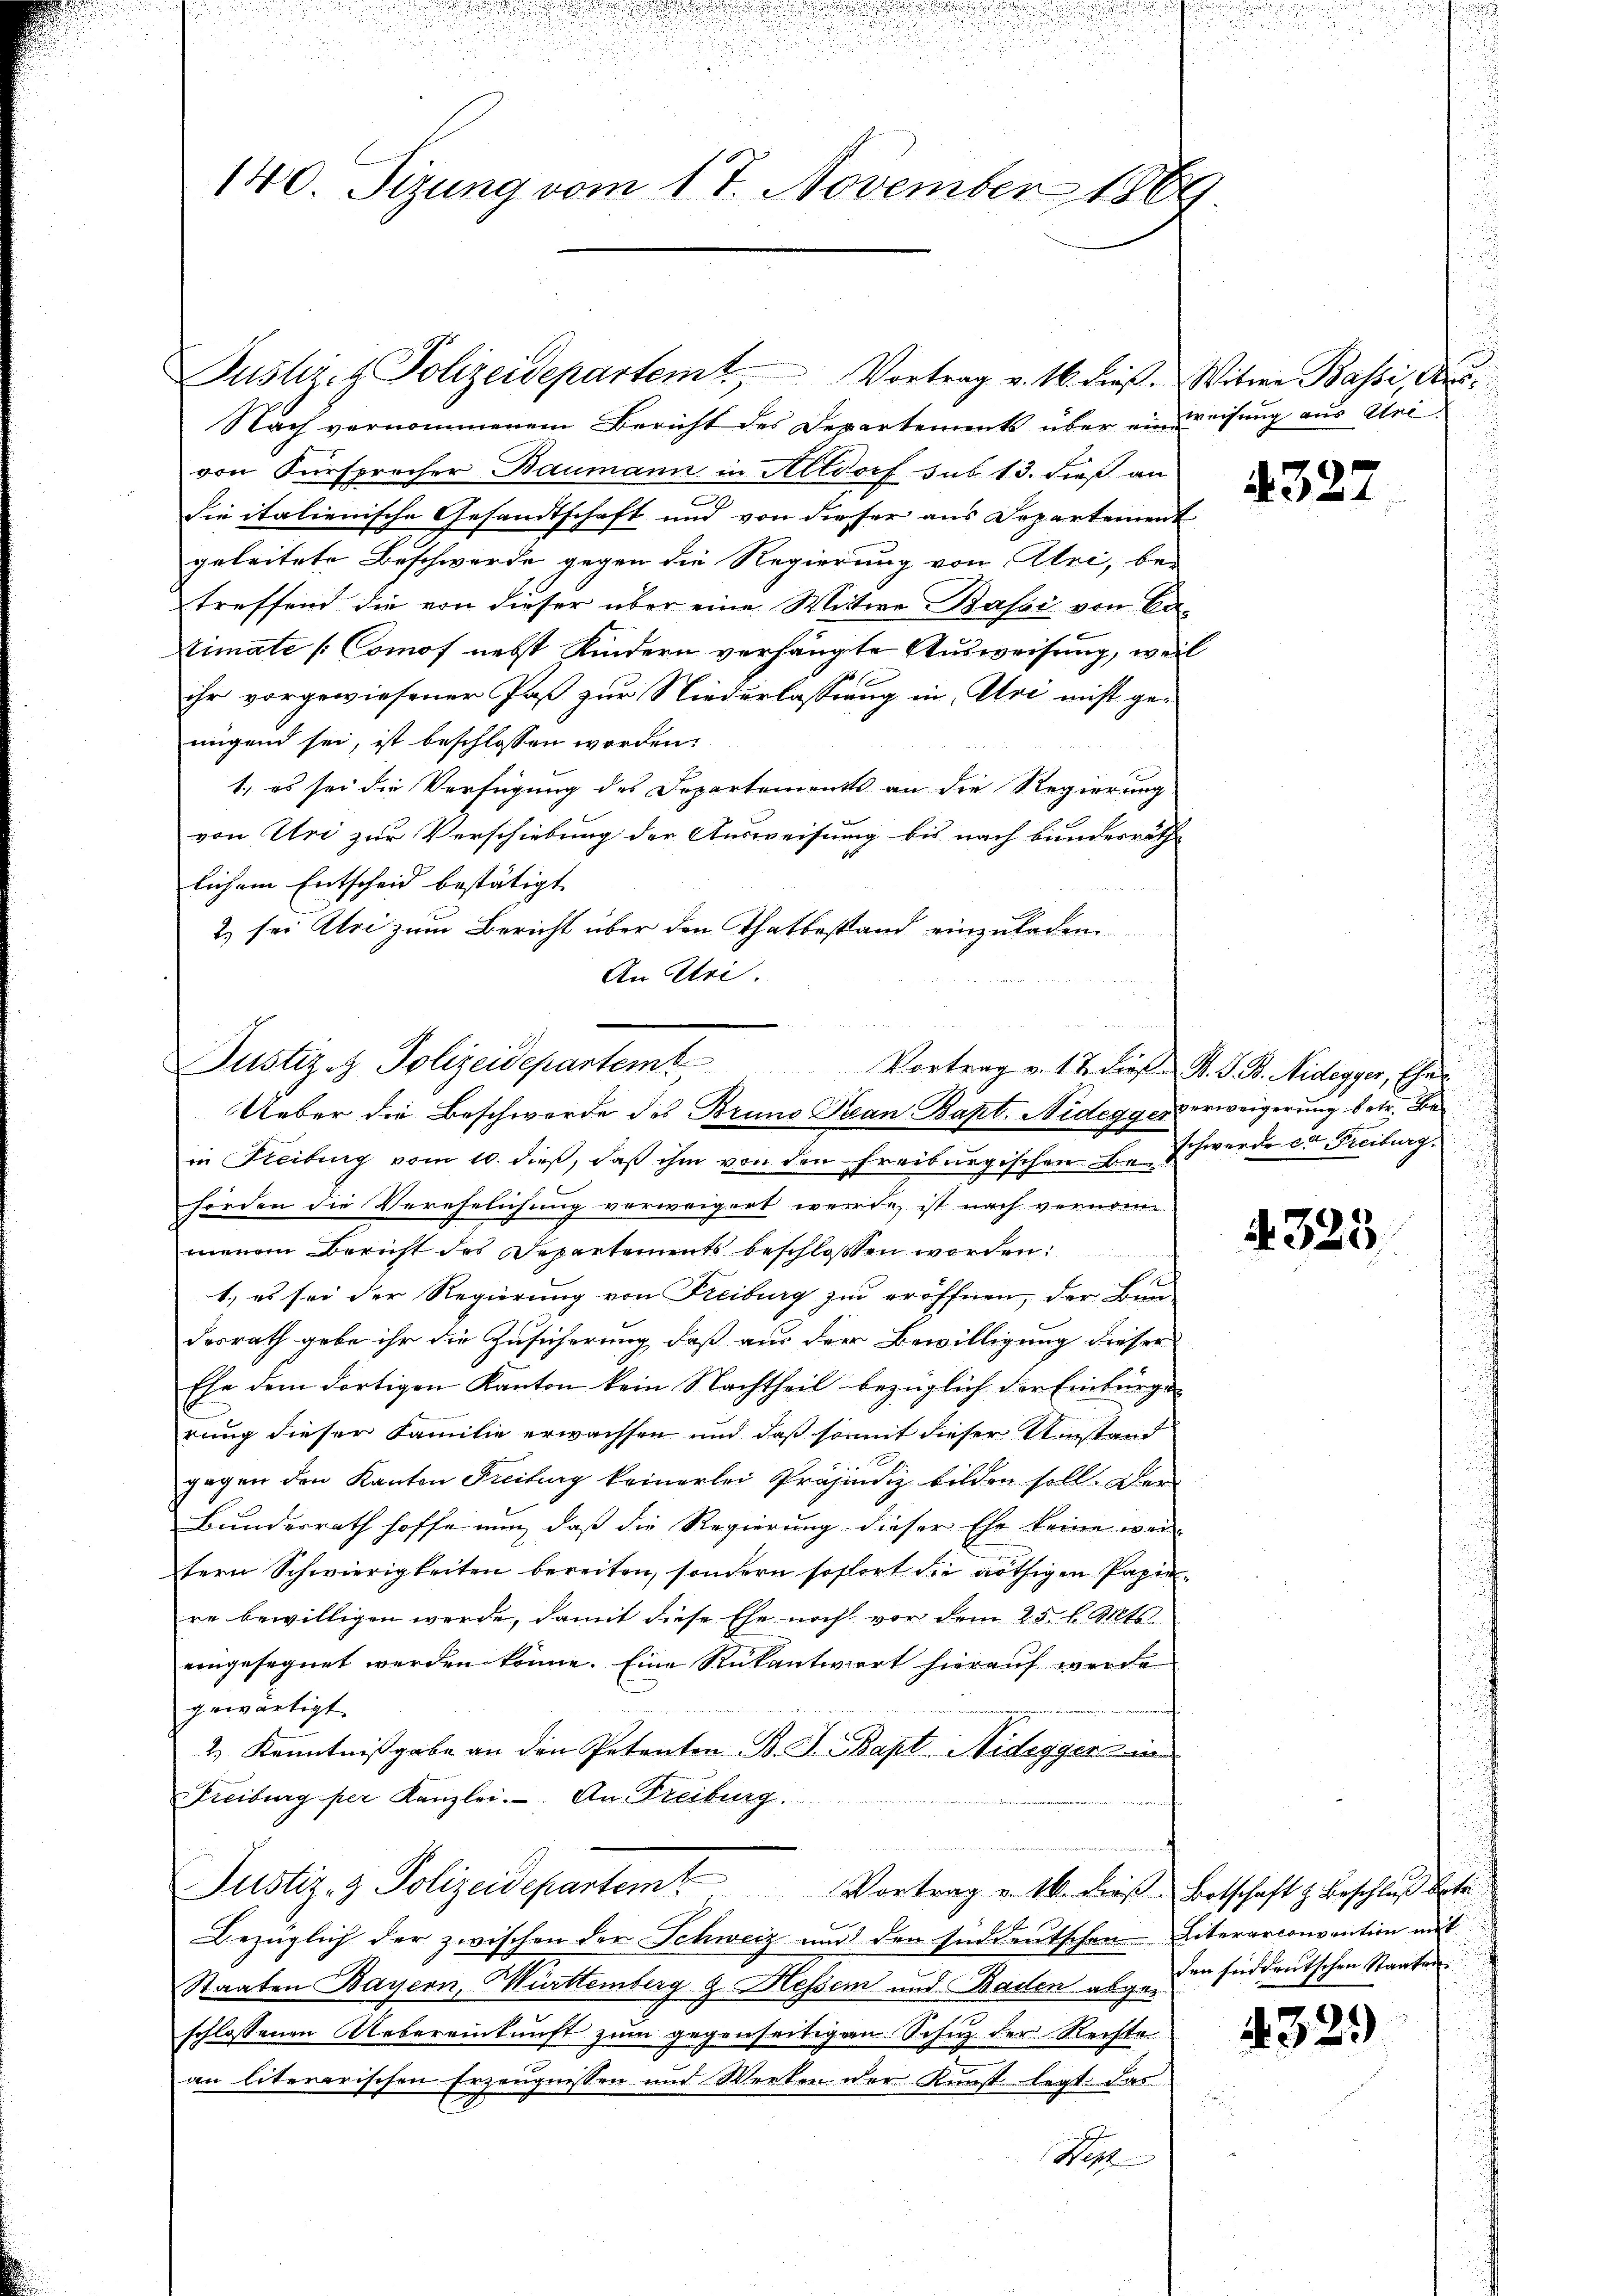
140. Sizung vom 17. November 1869.

Nach vernommenem Bericht des Departements über ein weisung aus Uri-
von Fürsprecher Baumann in Altdorf sub 13. dieß an
e
die italienische Gesandtschaft und von dieser aus Departement
geleitete Beschwerde gegen die Regierung von Alri, bei
treffend die von dieser über eine Witwe Bassi, von Catimate [Comof nebst Kindern verhängte Ausweisung, weil
ihr vorgewiesener Paß zur Niederlassung in Uri nicht ge-
nigend sei, ist beschlossen worden.
1., es sei die Verfügung des Departements an die Regierung
von Uri zur Verschiebung der Ausweisung bis nach bunderrath
lichem Entscheid bestätigt. |
2) sei Uri zum Bericht über den Thatbestand einzuladen
An Uri.

Justiz- & Polizeidepartem Vortrag v. 16. dieß. Witwe Bassi, d

in Freiburg vom 10. dieβ, daβ ihm von den Freiburgischen E. Schwerde v. Freiburg.
hörden die Verehelichung verweigert werde, ist nach vernome
menem Bericht des Departements beschlossen worden:
1.) es sei der Regierung von Freiburg zu eröffnen, der Bun-
desrath gebe ihr die Zusicherung, daß aus der Bewilligung dieser
Ehe dem dortigen Kanton kein Nachtheil bezüglich der Einbürge
rung dieser Familie erwachsen und daß somit dieser Umstand
gegen den Kanton Freiburg keinerlei Präjenig bilden soll. Der
Bundesrath hoffe nun, daß die Regierung dieser Ehe keine weitern Schwierigkeiten bereiten, sondern sofort die nöthigen Papiere bewilligen werde, damit diese Ehe noch vor dem 25. d. Mts.
eingesegnet werden könne. Eine Rückantwort hierauf werde
gewärtigt.
2.) Kenntnißgabe an den Petenten B. J. Bapt. Nideggers i
Freiburg per Kanzlei. An Freiburg.
a
Justiz- & Polizeidepartem Vortrag v. 16. Frist. Botschaft z Beschluß betr
Bezüglich der zwischen der Schweiz und den Enddeutschen Literarconvention mit
Staaten Bayern, Württemberg z. Hessem und Baden abgegen süddeutschen Staaten
schlossenen Uebereinkunft zum gegenseitigen Schuz der Rechte
an literarischen Erzeugnissen und Werken der Kunst legt das
Note

Justiz & Polizeidepartemt
Vortrag v. 17. dieß u. P. G. B. Midegger, Ehes
Ueber die Beschwerde des Bruno Sean Bapt. Nideggerverweigerung betr. Be¬

4327

4323

4329